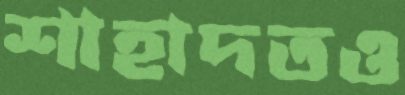
শাহাদতও